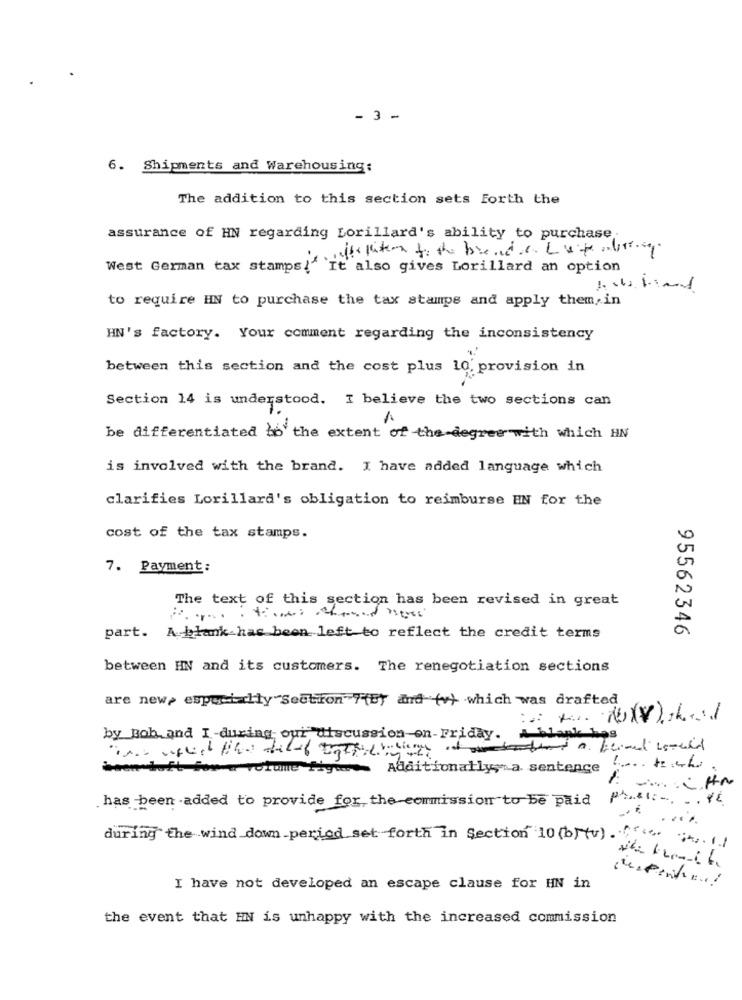
- 3 -
6. Shipments and Warehousing:
The addition to this section sets Forth the
assurance of HN regarding Lorillard's ability to purchase.
west German tax stampe insults tutta to the blend.c. Lutembre.
``It also gives Lorillard an option
to require HN to purchase the tax stamps and apply them,in
HN's factory. Your comment regarding the inconsistency
between this section and the cost plus 10 provision in
Section 14 is understood. I believe the two sections can
be differentiated to the extent of the degree with which HN
is involved with the brand. I have added language which
clarifies Lorillard's obligation to reimburse EN for the
cost of the tax stamps.
7. Payment:
The text of this section has been revised in great
95562346
part. A blank has been left to reflect the credit terms
between HN and its customers. The renegotiation sections
are new, especially Section "(E) and (v) which was drafted
by Bob and I -during our discussion on- Friday.
Additionally, a sentence
has been added to provide for the commission to be paid P ....: -. .. YE
.....
during the wind down_period set forth in Section 10(b)(v).
I have not developed an escape clause for HN in
the event that HN is unhappy with the increased commission